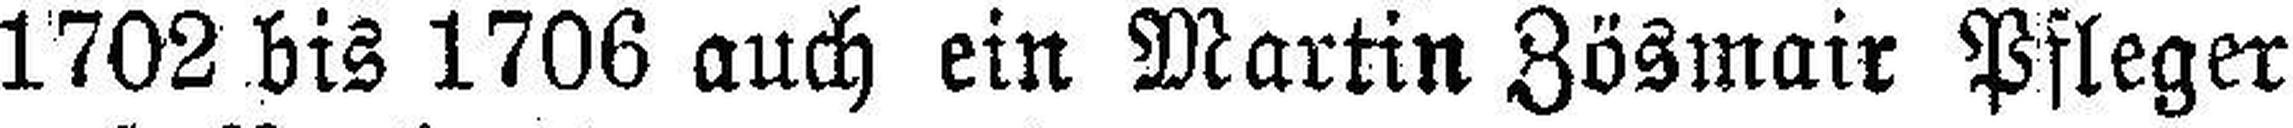
1702 bis 1706 auch ein Martin Zösmair Pfleger